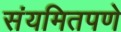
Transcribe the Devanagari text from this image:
संयमितपणे